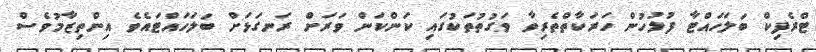
ޓްރެފިކް ބަލަހައްޓާ ފުލުހުން ހަރަކާތްތެރިވާ ވަގުތުތަކުގައި ކަންކަން ވަރަށް ރަނގަޅަށް ބަލަހައްޓައެވެ އިންތިޒާމުވެސް